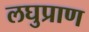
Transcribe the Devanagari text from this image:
लघुप्राण